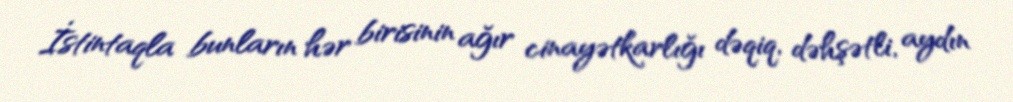
İstintaqla bunların hər birisinin ağır cinayətkarlığı dəqiq, dəhşətli, aydın